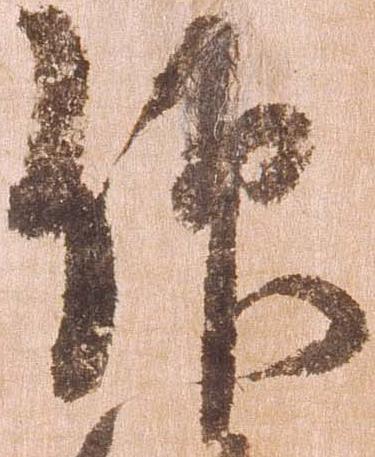
仰